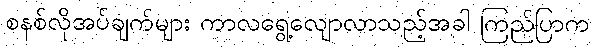
စနစ်လိုအပ်ချက်များ ကာလရွေ့လျောလာသည့်အခါ ကြည်ပြာက